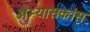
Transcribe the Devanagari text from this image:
अभ्यासकांस